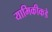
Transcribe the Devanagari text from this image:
यामिकीकडे